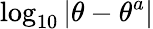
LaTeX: \log_{10}\left|\theta-\theta^{a}\right|